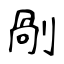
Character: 剮